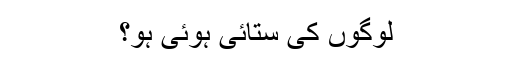
لوگوں کی ستائی ہوئی ہو؟